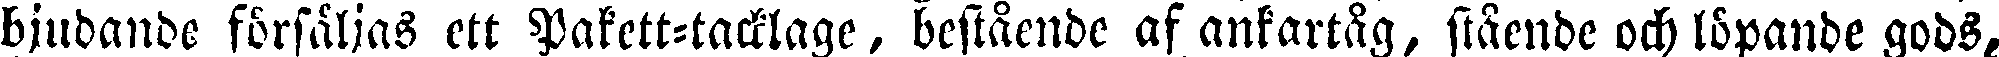
bjudande försäljas ett Pakett-tacklage, bestående af ankartåg, stående och löpande gods,